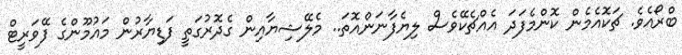
ބްރޯއެވެ. ޗަކޮއެމެން ކޮންމެފަދަ އެއްޗެކޭވެސް ލިޔެފާނަންއޮތަ.. މެލޭޝިޔާއިން ގެދޮރުގަތީ ފަޑިޔާރުން މައުމޫންގެ ފޭވަރީޓް